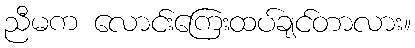
ညီမက လောင်းကြေးထပ်ချင်တာလား။